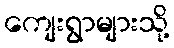
ကျေးရွာများသို့